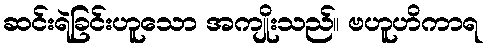
ဆင်းရဲခြင်းဟူသော အကျိုးသည်။ ဗဟူဟိကာရ